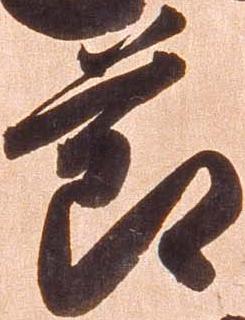
節